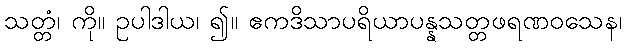
သတ္တံ၊ ကို။ ဥပါဒါယ၊ ၍။ ဧကဒိသာပရိယာပန္နသတ္တဖရဏဝသေန၊